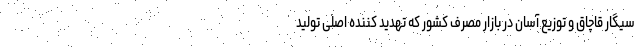
سیگار قاچاق و توزیع آسان در بازار مصرف کشور که تهدید کننده اصلی تولید